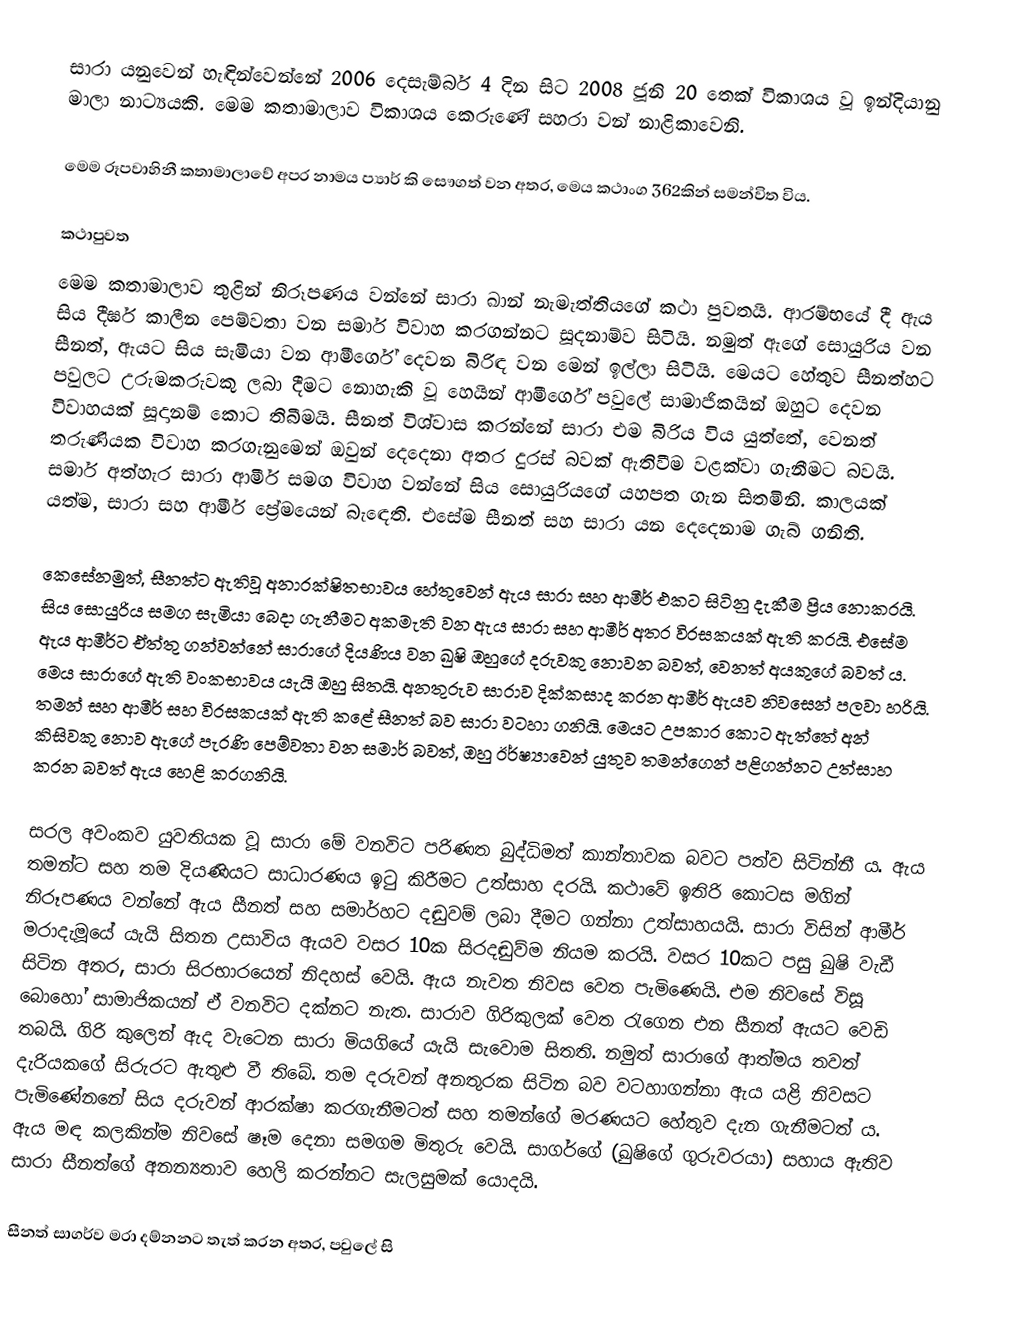
සාරා යනුවෙන් හැඳින්වෙන්නේ 2006 දෙසැම්බර් 4 දින සිට 2008 ජූනි 20 තෙක් විකාශය වූ ඉන්දියානු මාලා නාට්‍යයකි. මෙම කතාමාලාව විකාශය කෙරුණේ සහරා වන් නාළිකාවෙනි.

මෙම රූපවාහිනී කතාමාලාවේ අපර නාමය ප්‍යාර් කි සෞගත් වන අතර, මෙය කථාංග 362කින් සමන්විත විය.

කථාපුවත
මෙම කතාමාලාව තුළින් නිරූපණය වන්නේ සාරා ඛාන් නැමැත්තියගේ කථා පුවතයි. ආරම්භයේ දී ඇය සිය දීර්ඝ කාලීන පෙම්වතා වන සමාර් විවාහ කරගන්නට සූදනාම්ව සිටියි. නමුත් ඇගේ සොයුරිය වන සීනත්, ඇයට සිය සැමියා වන ආමීර්ගේ දෙවන බිරිඳ වන මෙන් ඉල්ලා සිටියි. මෙයට හේතුව සීනත්හට පවුලට උරුමකරුවකු ලබා දීමට නොහැකි වූ හෙයින් ආමීර්ගේ පවුලේ සාමාජිකයින් ඔහුට දෙවන විවාහයක් සූදානම් කොට තිබීමයි. සීනත් විශ්වාස කරන්නේ සාරා එම බිරිය විය යුත්තේ, වෙනත් තරුණියක විවාහ කරගැනුමෙන් ඔවුන් දෙදෙනා අතර දුරස් බවක් ඇතිවීම වළක්වා ගැනීමට බවයි. සමාර් අත්හැර සාරා ආමීර් සමග විවාහ වන්නේ සිය සොයුරියගේ යහපත ගැන සිතමිනි. කාලයක් යත්ම, සාරා සහ ආමීර් ප්‍රේමයෙන් බැ‍ඳෙති‍‍‍. එසේම සීනත් සහ සාරා යන දෙදෙනාම ගැබ් ගනිති.

කෙසේනමුත්, සීනත්ට ඇතිවූ අනාරක්ෂිතභාවය හේතුවෙන් ඇය සාරා සහ ආමීර් එකට සිටිනු දැකීම ප්‍රිය නොකරයි. සිය සොයුරිය සමග සැමියා බෙදා ගැනීමට අකමැති වන ඇය සාරා සහ ආමීර් අතර විරසකයක් ඇති කරයි. එසේම ඇය ආමීර්ට ඒත්තු ගන්වන්නේ සාරා‍ගේ දියණිය වන ඛුෂි ඔහුගේ දරුවකු නොවන බවත්, වෙනත් අයකුගේ බවත් ය. මෙය සාරාගේ ඇති වංකභාවය යැයි ඔහු සිතයි. අනතුරුව සාරාව දික්කසාද කරන ආමීර් ඇයව නිවසෙන් පලවා හරියි. තමන් සහ ආමීර් සහ විරසකයක් ඇති කළේ සීනත් බව සාරා වටහා ගනියි. මෙයට උපකාර කොට ඇත්තේ අන් කිසිවකු නොව ඇගේ පැරණි පෙම්වතා වන සමාර් බවත්, ඔහු ඊර්ෂ්‍යාවෙන් යුතුව තමන්ගෙන් පළිගන්නට උත්සාහ කරන බවත් ඇය හෙළි කරගනියි.

සරල අවංකව යුවතියක වූ සාරා මේ වනවිට පරිණත බුද්ධිමත් කාන්තාවක බවට පත්ව සිටින්නී ය. ඇය තමන්ට සහ තම දියණිය‍ට සාධාරණය ඉටු කිරීමට උත්සාහ දරයි. කථාවේ ඉතිරි කොටස මගින් නිරූපණය වන්නේ ඇය සීනත් සහ සමාර්හට දඬුවම් ලබා දීමට ගන්නා උත්සාහයයි. සාරා විසින් ආමීර් මරාදැමූයේ යැයි සිතන උසාවිය ඇයව වසර 10ක සිරදඬුව්ම නියම කරයි. වසර 10කට පසු ඛුෂි වැඩී සිටින අතර, සාරා සිරභාරයෙන් නිදහස් වෙයි. ඇය නැවත නිවස වෙත පැමිණෙයි. එම නිවසේ විසූ බොහෝ සාමාජිකයන් ඒ වනවිට දක්නට නැත. සාරාව ගිරිකුලක් වෙත රැගෙන එන සීනත් ඇයට වෙඩි තබයි. ගිරි කුලෙන් ඇද වැටෙන සාරා මියගියේ යැයි සැවොම සිතති. නමුත් සාරාගේ ආත්මය තවත් දැරියකගේ සිරුරට ඇතුළු වී තිබේ. තම දරුවන් අනතුරක සිටින බව වටහාගන්නා ඇය යළි නිවසට පැමිණේනනේ සිය දරුවන් ආරක්ෂා කරගැනීමටත් සහ තමන්ගේ මරණයට හේතුව දැන ගැනීමටත් ය. ඇය මඳ කලකින්ම නිවසේ ෂෑම දෙනා සමගම මිතුරු වෙයි. සාගර්ගේ (ඛුෂිගේ ගුරුවරයා) සහාය ඇතිව සාරා සීනත්ගේ අනන්‍යතාව හෙලි කරන්නට සැලසුමක් යොදයි.

සීනත් සාගර්ව මරා දම්නනට තැත් කරන අතර, පවුලේ සි